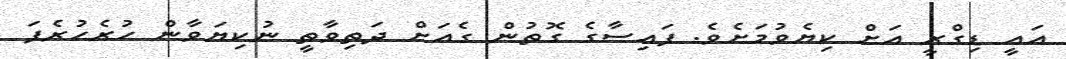
އައީ ޑިގްރީ އަށް ކިޔެވުމަށެވެ. ފައިސާގެ ގޮތުން ގެއަށް ދަތިވާތީ ނުކިޔަވާން ހުރެހުރެފަ